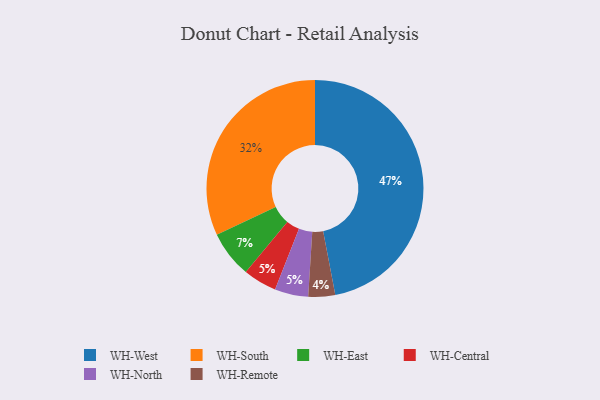
{"axis": {"x": "Category", "y": "Percentage"}, "legend": ["WH-Central", "WH-East", "WH-North", "WH-Remote", "WH-South", "WH-West"], "data": [{"x": "WH-East", "y": 7, "type": "WH-East"}, {"x": "WH-South", "y": 32, "type": "WH-South"}, {"x": "WH-Remote", "y": 4, "type": "WH-Remote"}, {"x": "WH-West", "y": 47, "type": "WH-West"}, {"x": "WH-Central", "y": 5, "type": "WH-Central"}, {"x": "WH-North", "y": 5, "type": "WH-North"}]}